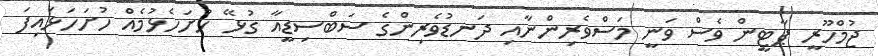
ޖުމްހޫރީ ޕާޓީން ވެސް ވަނީ މަސްވެރިންނާއި ދަނޑުވެރިންގެ ސަބްސިޑީއާ ގުޅޭ ހުށަހެޅުމެއް ހުށަހަޅައިފަ